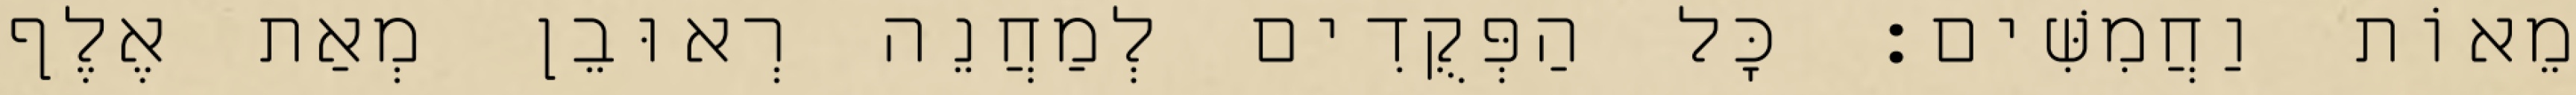
מֵאוֹת וַחֲמִשִּׁים׃ כָּל הַפְּקֻדִים לְמַחֲנֵה רְאוּבֵן מְאַת אֶלֶף